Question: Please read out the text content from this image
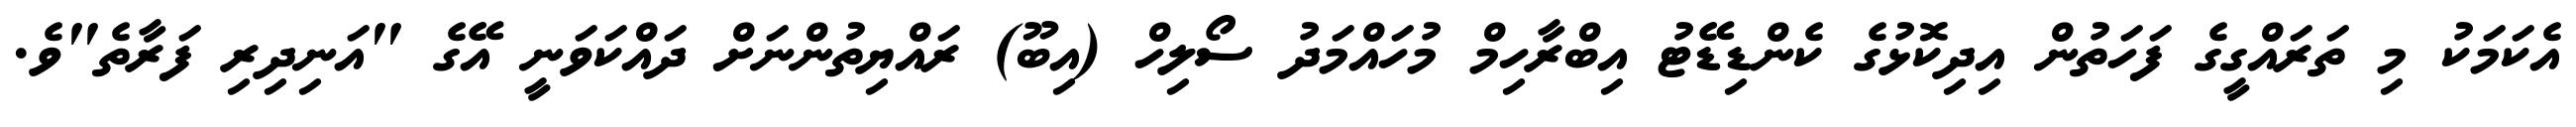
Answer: އެކަމަކު މި ތަރައްގީގެ ފަހަތުން އިދިކޮޅުގެ ކެންޑިޑޭޓު އިބްރާހިމް މުހައްމަދު ސޯލިހް (އިބޫ) ރައްޔިތުންނަށް ދައްކަވަނީ އޭގެ "އަނިދިރި ފަރާތެ"ވެ.